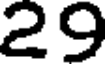
29